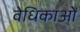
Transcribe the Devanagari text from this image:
वेधिकाओं